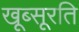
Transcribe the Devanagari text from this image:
खूब्सूरति